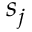
s _ { j }